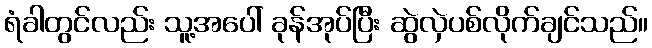
ရံခါတွင်လည်း သူ့အပေါ် ခုန်အုပ်ပြီး ဆွဲလှဲပစ်လိုက်ချင်သည်။